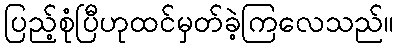
ပြည့်စုံပြီဟုထင်မှတ်ခဲ့ကြလေသည်။